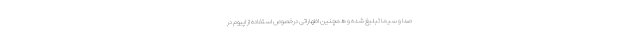
صدا و سیما تبلیغ شده و همچنین اظهاراتی درخصوص استفاده از اپیوم در